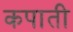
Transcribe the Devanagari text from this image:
कपाती